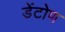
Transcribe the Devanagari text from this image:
डेंटोण